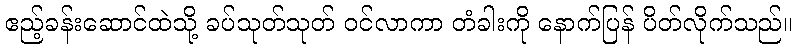
ဧည့်ခန်းဆောင်ထဲသို့ ခပ်သုတ်သုတ် ဝင်လာကာ တံခါးကို နောက်ပြန် ပိတ်လိုက်သည်။